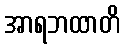
အာရဘထာတိ